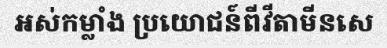
អស់កម្លាំង ប្រយោជន៍ពីវីតាមីនសេ